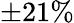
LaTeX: \pm 21\%